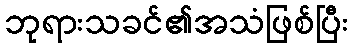
ဘုရားသခင်၏အသံဖြစ်ပြီး